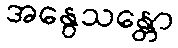
အနွေသန္တော